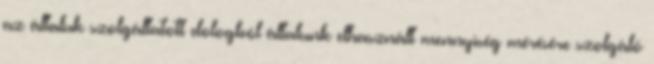
az általuk szolgáltatott dologból általunk elhasznált mennyiség mérésére szolgáló